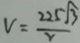
V = \frac { 2 2 5 \sqrt { 3 } } { v }